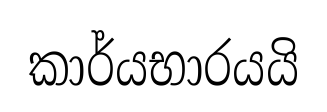
කාර්යභාරයයි